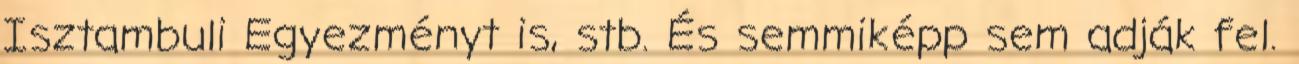
Isztambuli Egyezményt is, stb. És semmiképp sem adják fel.